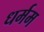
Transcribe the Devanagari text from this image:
धर्मम